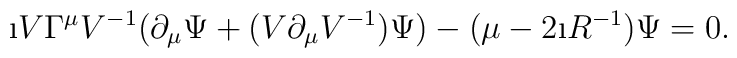
\i V\Gamma ^{\mu}V^{-1}(\partial _{\mu}\Psi +(V\partial _{\mu}V^{-1})\Psi )-(\mu -2\i R^{-1})\Psi =0.